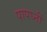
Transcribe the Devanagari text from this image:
पापघ्नीं